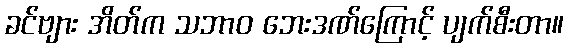
ခင်ဗျား အိတ်က သဘာဝ ဘေးဒဏ်ကြောင့် ပျက်စီးတာ။